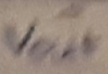
Text: Vout